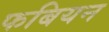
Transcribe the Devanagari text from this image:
फबियन